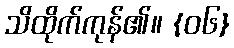
သိထိုက်ကုန်၏။ {၀၆}